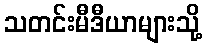
သတင်းမီဒီယာများသို့